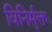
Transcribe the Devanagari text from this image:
विनिर्मुक्तः